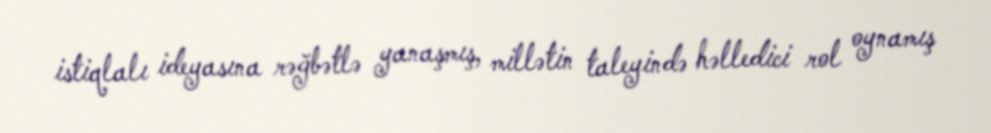
istiqlalı ideyasına rəğbətlə yanaşmış, millətin taleyində həlledici rol oynamış